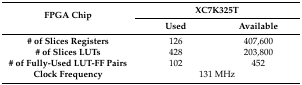
<table><thead><tr><td rowspan="2"><b>FPGA Chip</b></td><td colspan="2"><b>XC7K325T</b></td></tr><tr><td><b>Used</b></td><td><b>Available</b></td></tr></thead><tbody><tr><td><b># of Slices Registers</b></td><td>126</td><td>407,600</td></tr><tr><td><b># of Slices LUTs</b></td><td>428</td><td>203,800</td></tr><tr><td><b># of Fully-Used LUT-FF Pairs</b></td><td>102</td><td>452</td></tr><tr><td><b>Clock Frequency</b></td><td colspan="2">131 MHz</td></tr></tbody></table>